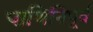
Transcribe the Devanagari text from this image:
पाणिनिपूर्व